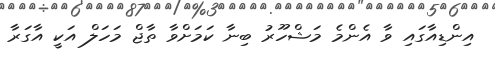
އިންޑިއާގައި ވާ އެންމެ މަޝްހޫރު ބިނާ ކަމަށްވާ ތާޖް މަހަލް އަކީ އާގަރާ